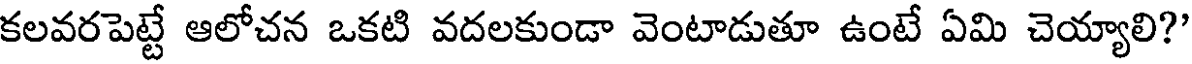
కలవరపెట్టే ఆలోచన ఒకటి వదలకుండా వెంటాడుతూ ఉంటే ఏమి చెయ్యాలి?